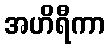
အဟိရီကာ